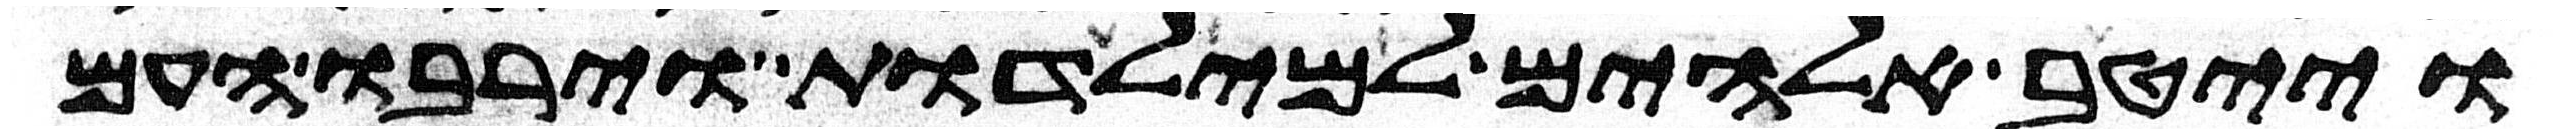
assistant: וייטב אלהים למילדות וירבו העם